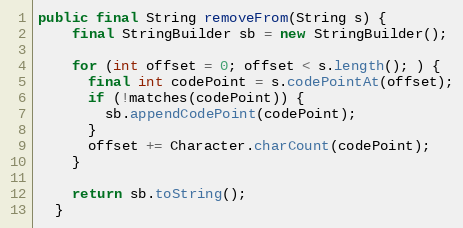
Language: Java
public final String removeFrom(String s) {
    final StringBuilder sb = new StringBuilder();

    for (int offset = 0; offset < s.length(); ) {
      final int codePoint = s.codePointAt(offset);
      if (!matches(codePoint)) {
        sb.appendCodePoint(codePoint);
      }
      offset += Character.charCount(codePoint);
    }

    return sb.toString();
  }